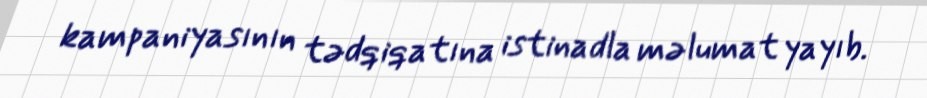
kampaniyasının tədqiqatına istinadla məlumat yayıb.